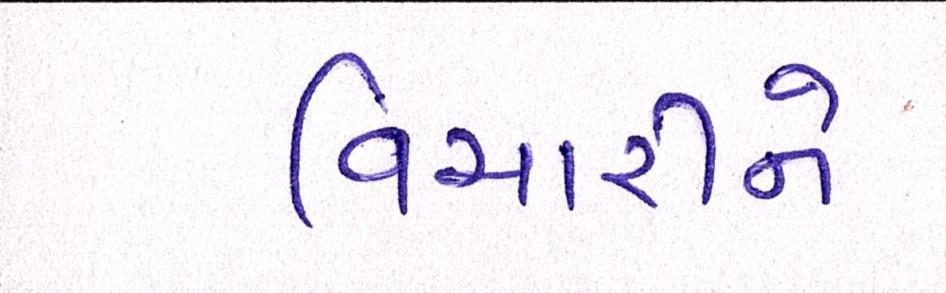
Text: વિચારીને